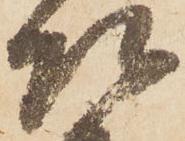
殿